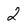
Character: 2